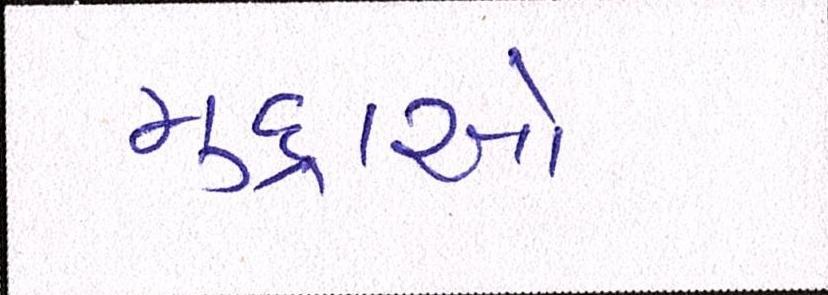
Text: મુદ્દાઓ